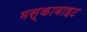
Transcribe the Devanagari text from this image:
मस्कावाइट